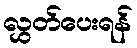
လွှတ်ပေးရန်